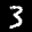
Label: 3